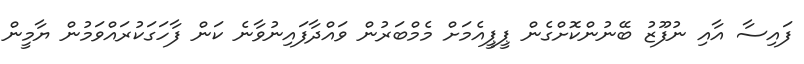
ފައިސާ އާއި ނުފޫޒު ބޭނުންކޮށްގެން ޕީޕީއެމަށް މެމްބަރުން ވައްދާފައިނުވާނެ ކަން ފާހަގަކުރައްވަމުން ޔާމީން